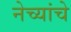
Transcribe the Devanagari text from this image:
नेच्यांचे